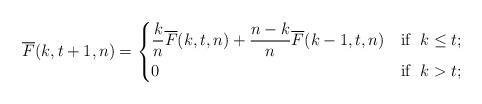
LaTeX: \begin{align*}\overline{F}(k,t+1,n) = \begin{dcases}\frac{k}{n} \overline{F}(k,t,n) + \frac{n-k}{n} \overline{F}(k-1,t,n) & \textnormal{if } \; k \le t; \\0 & \textnormal{if } \; k > t; \end{dcases}\end{align*}